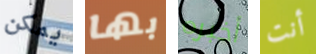
يمكن بها أخبره أنت